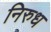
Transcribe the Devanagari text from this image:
निरुध